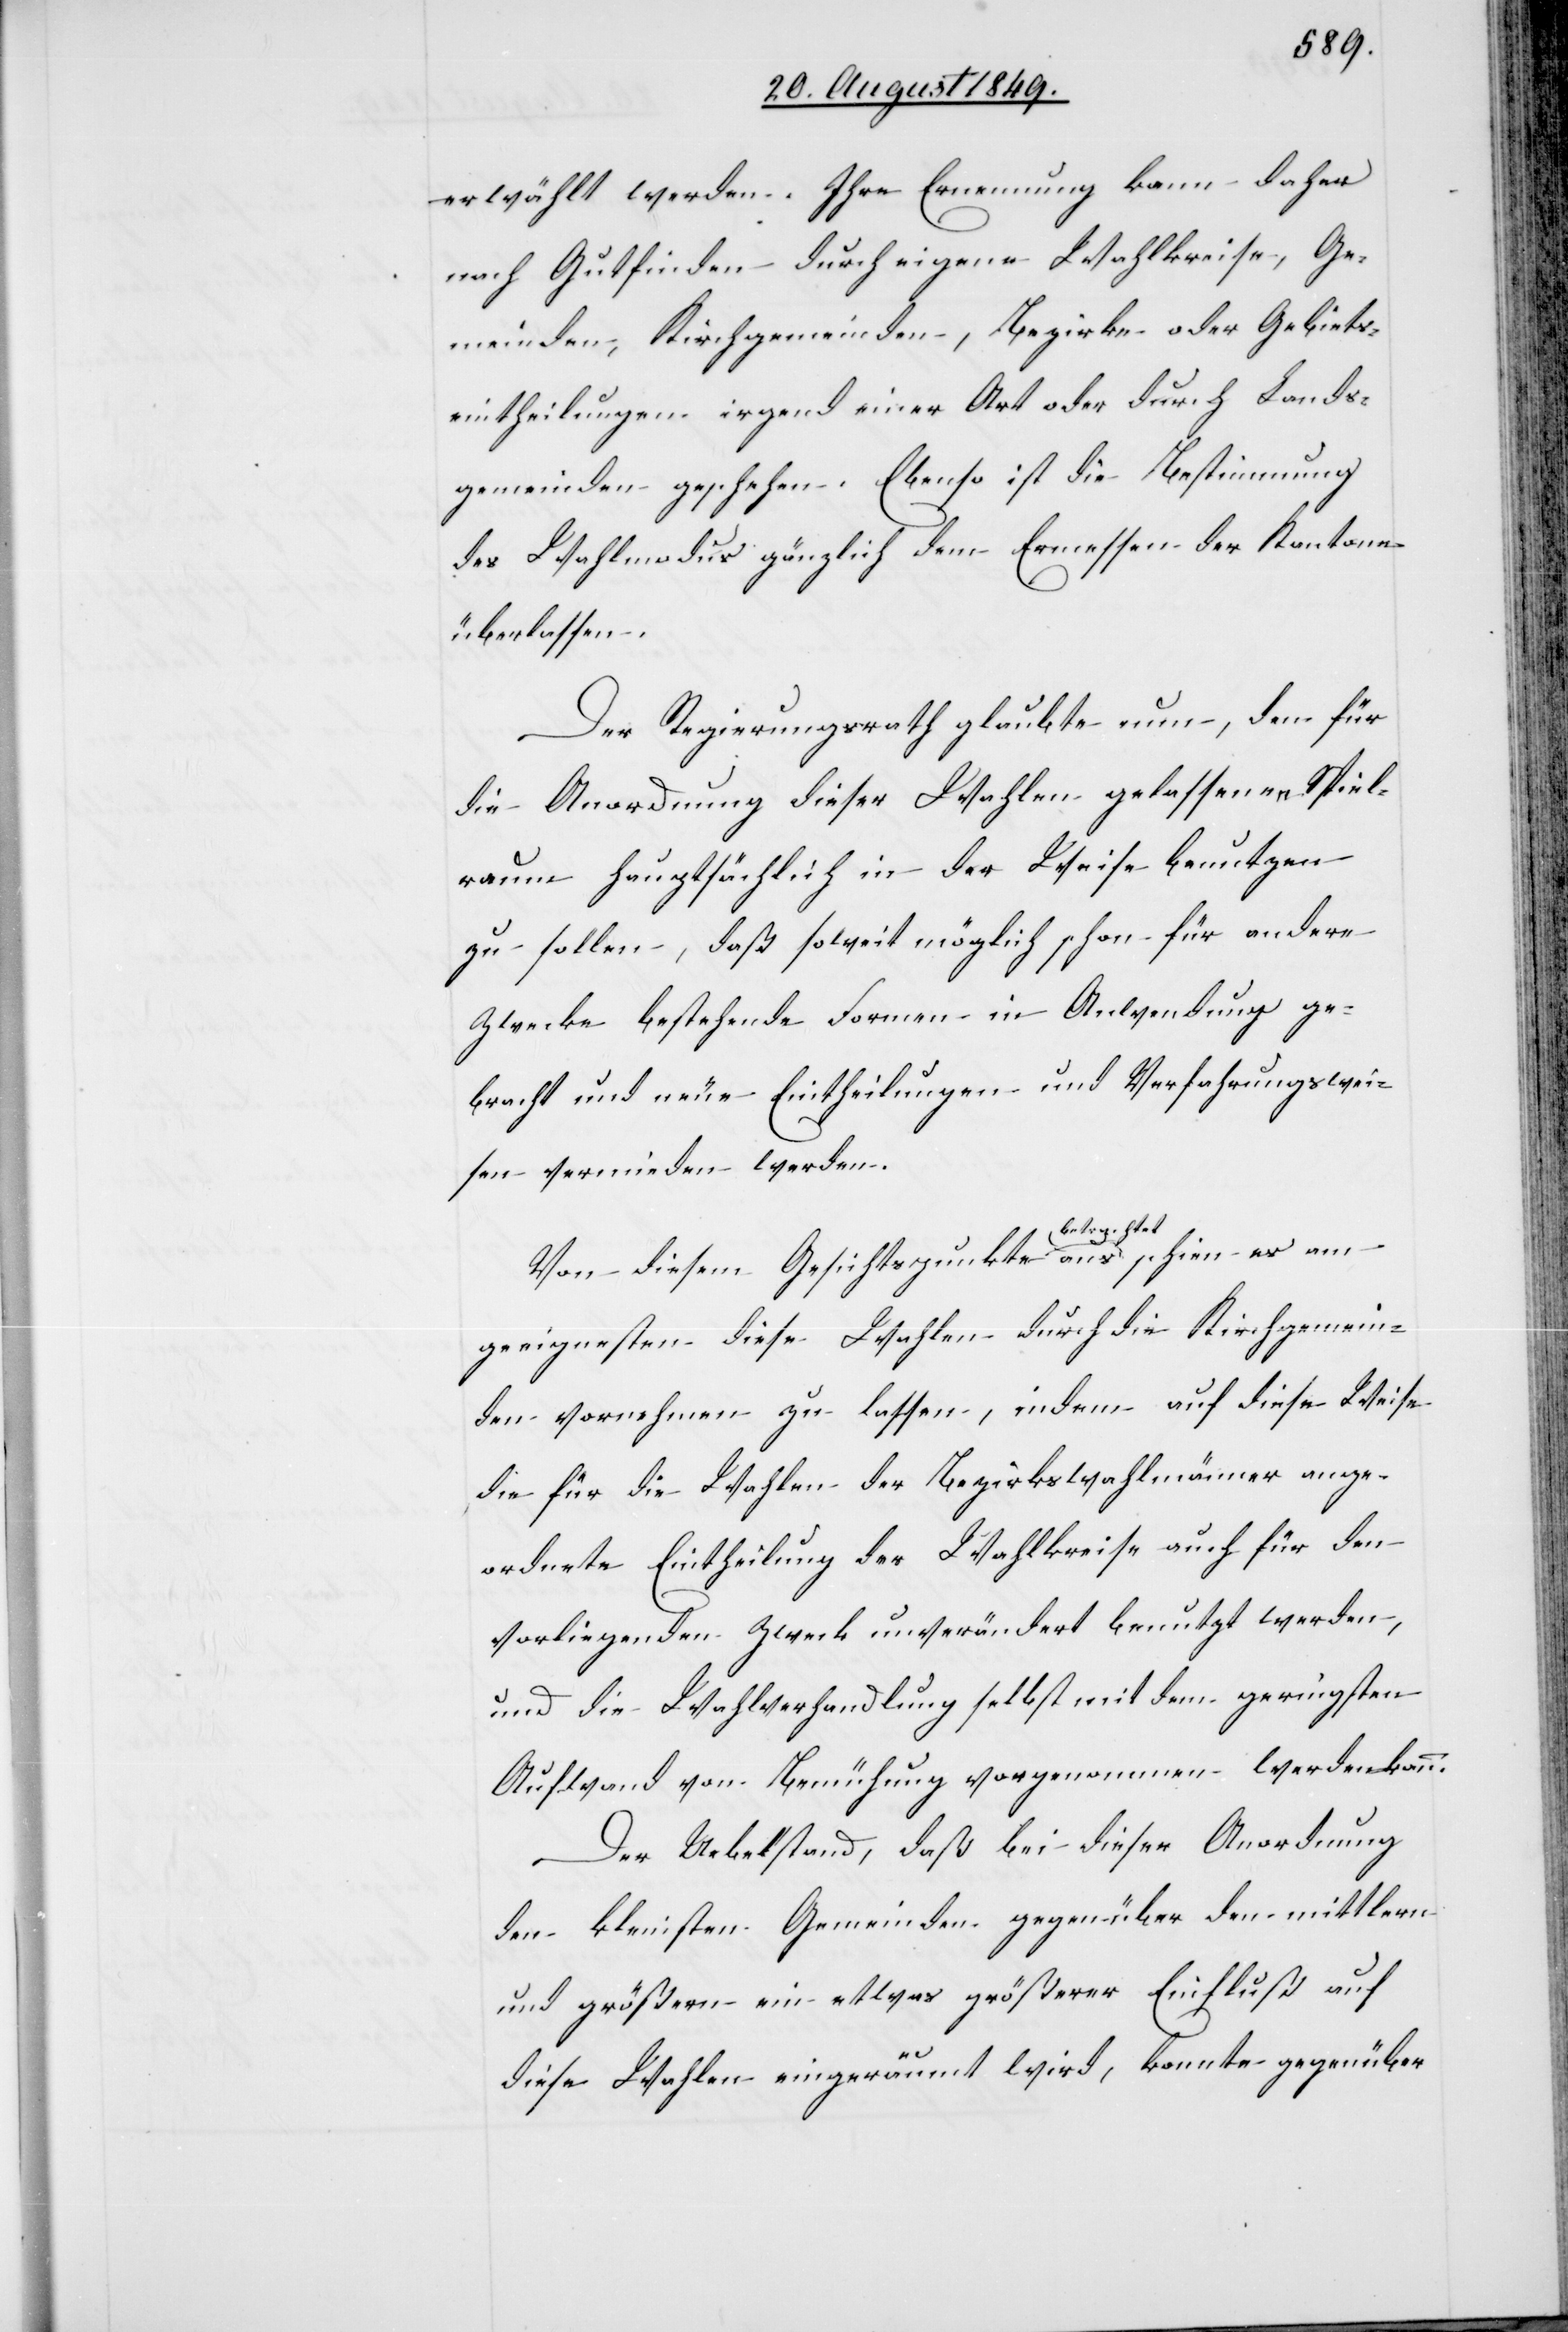
erwählt werden. Ihre Ernennung kann daher
nach Gutfinden durch eigene Wahlkreise, Ge¬
meinden, Kirchgemeinden, Bezirke oder Gebiets¬
eintheilungen irgend einer Art oder durch Lands¬
gemeinden geschehen. Ebenso ist die Bestimmung
des Wahlmodus gänzlich dem Ermessen der Kantone
überlassen.
Der Regierungsrath glaubte nun, den für
die Anordnung dieser Wahlen gelassenen Spiel¬
raum hauptsächlich in der Weise benutzen
zu sollen, daß soweit möglich schon für andere
Zwecke bestehende Formen in Anwendung ge¬
bracht und neue Eintheilungen und Verfahrungswei¬
sen vermieden werden.
Von diesem Gesichtspunkte aus a-betrachtet-a
geeigne[t]sten diese Wahlen durch die Kirchgemein¬
den vornehmen zu lassen, indem auf diese Weise
die für die Wahlen der Bezirkswahlmänner ange¬
ordnete Eintheilung der Wahlkreise auch für den
vorliegenden Zweck unverändert benutzt werden,
und die Wahlverhandlung selbst mit dem geringsten
Aufwand von Bemühung vorgenommen werden kann.
Der Uebelstand, daß bei dieser Anordnung
den kleinsten Gemeinden gegenüber den mittlern
und größern ein etwas größerer Einfluß auf
diese Wahlen eingeräumt wird, konnte gegenüber